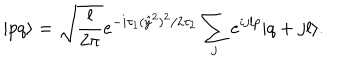
| p q \rangle = \sqrt { \frac { l } { 2 \pi } } e ^ { - i \tau _ { 1 } ( \hat { y } ^ { 2 } ) ^ { 2 } / { 2 \tau _ { 2 } } } \sum _ { j } e ^ { i j l p } | q + j l \rangle .